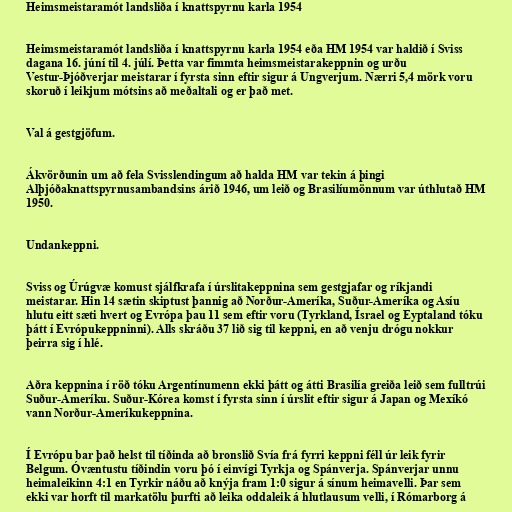
Heimsmeistaramót landsliða í knattspyrnu karla 1954

Heimsmeistaramót landsliða í knattspyrnu karla 1954 eða HM 1954 var haldið í Sviss
dagana 16. júní til 4. júlí. Þetta var fimmta heimsmeistarakeppnin og urðu
Vestur-Þjóðverjar meistarar í fyrsta sinn eftir sigur á Ungverjum. Nærri 5,4 mörk voru
skoruð í leikjum mótsins að meðaltali og er það met.

Val á gestgjöfum.

Ákvörðunin um að fela Svisslendingum að halda HM var tekin á þingi
Alþjóðaknattspyrnusambandsins árið 1946, um leið og Brasilíumönnum var úthlutað HM
1950.

Undankeppni.

Sviss og Úrúgvæ komust sjálfkrafa í úrslitakeppnina sem gestgjafar og ríkjandi
meistarar. Hin 14 sætin skiptust þannig að Norður-Ameríka, Suður-Ameríka og Asíu
hlutu eitt sæti hvert og Evrópa þau 11 sem eftir voru (Tyrkland, Ísrael og Eyptaland tóku
þátt í Evrópukeppninni). Alls skráðu 37 lið sig til keppni, en að venju drógu nokkur
þeirra sig í hlé.

Aðra keppnina í röð tóku Argentínumenn ekki þátt og átti Brasilía greiða leið sem fulltrúi
Suður-Ameríku. Suður-Kórea komst í fyrsta sinn í úrslit eftir sigur á Japan og Mexíkó
vann Norður-Ameríkukeppnina.

Í Evrópu bar það helst til tíðinda að bronslið Svía frá fyrri keppni féll úr leik fyrir
Belgum. Óvæntustu tíðindin voru þó í einvígi Tyrkja og Spánverja. Spánverjar unnu
heimaleikinn 4:1 en Tyrkir náðu að knýja fram 1:0 sigur á sínum heimavelli. Þar sem
ekki var horft til markatölu þurfti að leika oddaleik á hlutlausum velli, í Rómarborg á